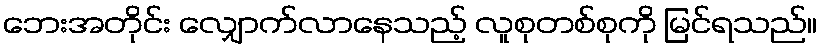
ဘေးအတိုင်း လျှောက်လာနေသည့် လူစုတစ်စုကို မြင်ရသည်။